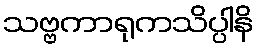
သဗ္ဗကာရုကသိပ္ပါနိ